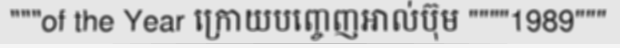
"""of the Year ក្រោយបញ្ចេញអាល់ប៊ុម """"1989"""